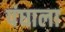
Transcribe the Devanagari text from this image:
पंघाला